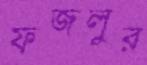
ফজলুর